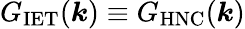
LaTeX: G_{\mathrm{IET}}(\boldsymbol{k})\equiv{G}_{\mathrm{HNC}}(\boldsymbol{k})